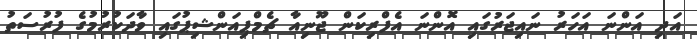
އަދި އަންނަ އަހަރު ނައިޖަރުގައި އޮންނަ އެފްރިކަން ޖޫނިއާ ޗެމްޕިއަންޝިޕުގައި ވާދަކުރުމުގެ ފުރުސަތު